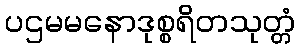
ပဌမမနောဒုစ္စရိတသုတ္တံ